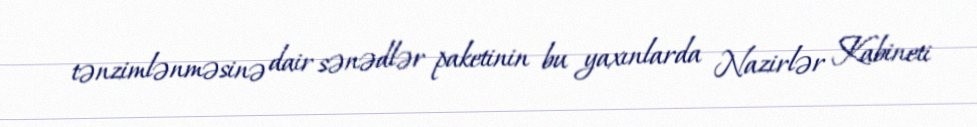
tənzimlənməsinə dair sənədlər paketinin bu yaxınlarda Nazirlər Kabineti